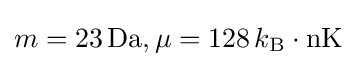
m=23\,{\text{Da}},\mu =128\,k_{\text{B}}\cdot {\text{nK}}